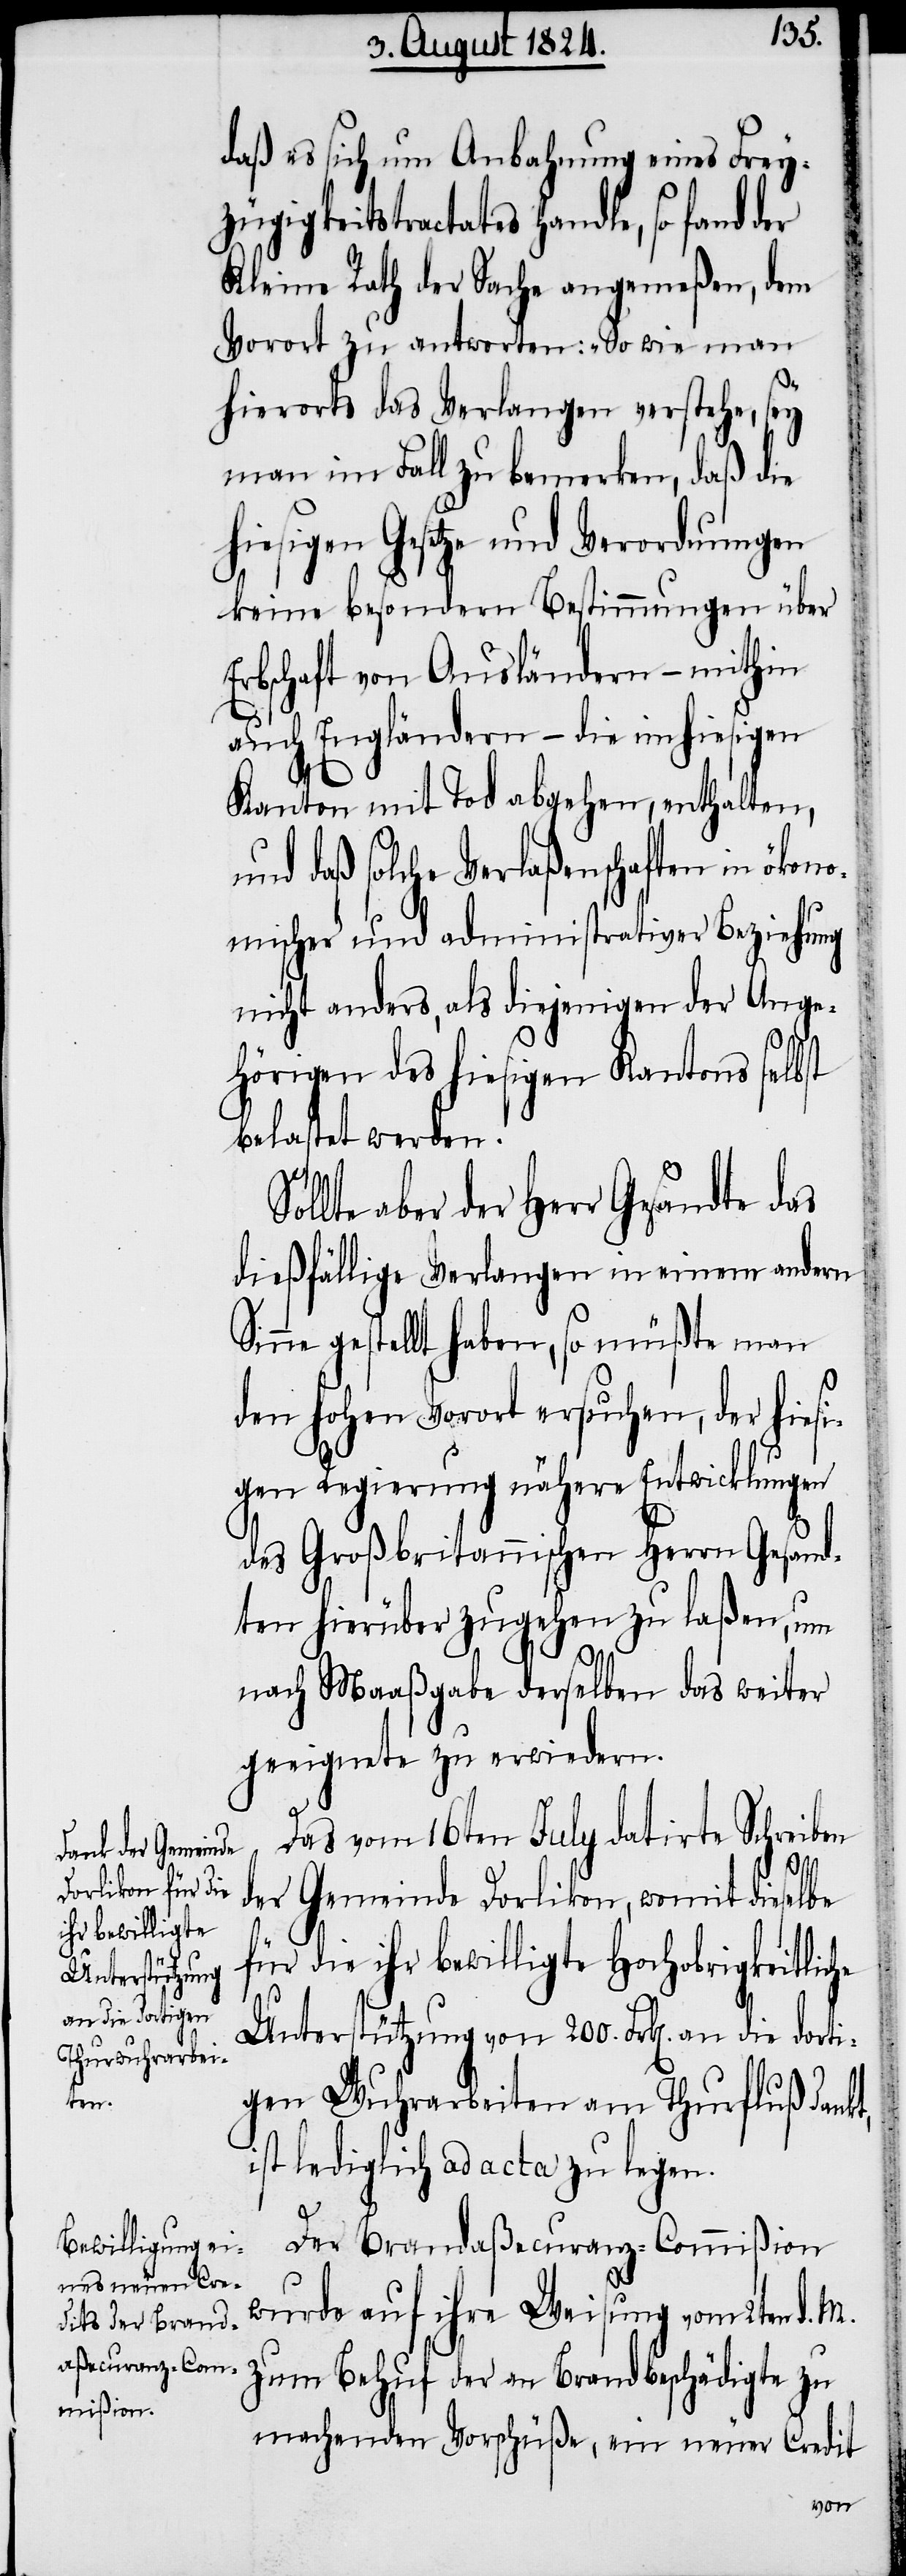
daß es sich um Anbahnung eines Frey¬
zügigkeitstractates handle, so fand
Kleine Rath der Sache angemeßen, dem
Vorort zu antworten: „So wie man
hierorts das Verlangen verstehe, sey
man im Fall zu bemerken, daß die
hiesigen Gesetze und Verordnungen
keine besondern Bestimmungen über
Erbschaft von Ausländern – mithin
auch Engländern – die im hiesigen
Kanton mit Tod abgehen, enthalten,
und daß solche Verlaßenschaften in ökon¬
omischer und administrativer Beziehung
nicht anders, als diejenigen der Ange¬
hörigen des hiesigen Kantons selbst
belastet werden.
llte aber der Herr Gesandte das
dießfällige Verlangen in einem andern
nne gestellt haben, so müßte man
den hohen Vorort ersuchen, der hiesi¬
gen Regierung nähere Entwicklungen
des Großbritannischen Herrn Gesand¬
ten hierüber zugehen zu laßen, um
nach Maaßgabe derselben das weiter
geeignete zu erwiedern.
Das vom 16ten July datirte Schreiben
Si¬
der Gemeinde Dorlikon, womit dieselbe
der
für die ihr bewilligte Hochobrigkeitliche
Unterstützung von 200. Frk[en]. an die dorti¬
gen Wuhrarbeiten am Thurfluß dankt,
ist lediglich ad acta zu legen.
Der Brand-Aßecuranz-Commißion
wurde auf ihre Weisung vom 2ten d. M.
zum Behuf der an Brandbeschädigte zu
machenden Vorschüße, ein neuer Credit